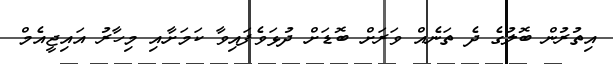
އިތުރުން ބޮލުގެ ދެ ތަނެއް ވަރަށް ބޮޑަށް ދުޅަވެފައިވާ ކަމަށާއި މިހާރު އައިޖީއެމް